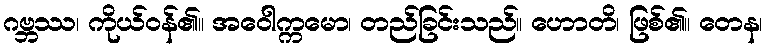
ဂဗ္ဘဿ၊ ကိုယ်ဝန်၏။ အဝေါက္ကမော၊ တည်ခြင်းသည်။ ဟောတိ၊ ဖြစ်၏။ တေန၊